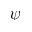
\psi